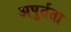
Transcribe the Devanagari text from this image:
अपुर्तता